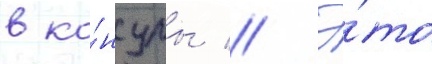
в ко́нсулы // Э́то